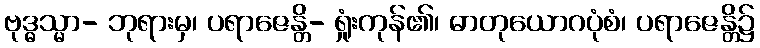
ဗုဒ္ဓသ္မာ- ဘုရားမှ၊ ပရာဇေန္တိ- ရှုံးကုန်၏၊ ဓာတုယောဂပုံစံ၊ ပရာဇေန္တိ၌